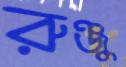
রুঞ্জু